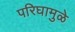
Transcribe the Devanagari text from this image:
परिघामुळे